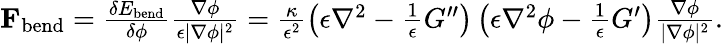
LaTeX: \begin{array}{r}{\mathbf{F}_{\mathrm{bend}}=\frac{\delta E_{\mathrm{bend}}}{\delta\phi}\frac{\nabla\phi}{\epsilon|\nabla\phi|^{2}}=\frac{\kappa}{\epsilon^{2}}\left(\epsilon\nabla^{2}-\frac{1}{\epsilon}G^{\prime\prime}\right)\left(\epsilon\nabla^{2}\phi-\frac{1}{\epsilon}G^{\prime}\right)\frac{\nabla\phi}{|\nabla\phi|^{2}}.}\end{array}